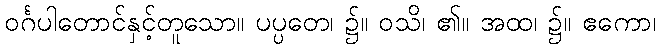
ဝင်္ဂပါတောင်နှင့်တူသော။ ပပ္ပတေ၊ ၌။ ဝသိ၊ ၏။ အထ၊ ၌။ ဧကော၊